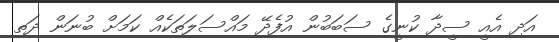
އަދި އެއީ ސީދާ ކުނީގެ ސަބަބުން އުފެދޭ މައްސަލަތަކެއް ކަމަށް ބުނަން ދަތި